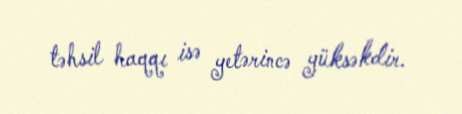
təhsil haqqı isə yetərincə yüksəkdir.